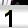
Digit: 1